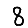
Digit: 8